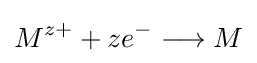
M^{z+}+ze^{-}\longrightarrow M